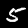
Digit: 5